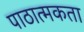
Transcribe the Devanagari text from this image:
पाठात्मकता